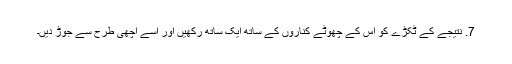
7. نتیجے کے ٹکڑے کو اس کے چھوٹے کناروں کے ساتھ ایک ساتھ رکھیں اور اسے اچھی طرح سے جوڑ دیں۔